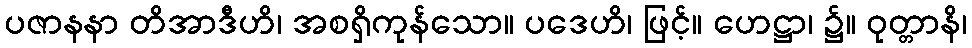
ပဇာနနာ တိအာဒီဟိ၊ အစရှိကုန်သော။ ပဒေဟိ၊ ဖြင့်။ ဟေဋ္ဌာ၊ ၌။ ဝုတ္တာနိ၊